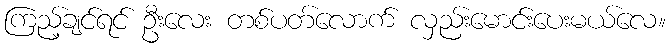
ကြည့်ချင်ရင် ဦးလေး တစ်ပတ်လောက် လှည်းမောင်းပေးမယ်လေ။